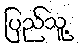
ပြည်သူ့